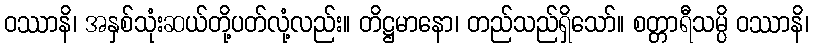
ဝဿာနိ၊ အနှစ်သုံးဆယ်တို့ပတ်လုံ့လည်း။ တိဋ္ဌမာနော၊ တည်သည်ရှိသော်။ စတ္တာရီသမ္ပိ ဝဿာနိ၊